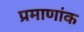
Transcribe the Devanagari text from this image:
प्रमाणांक